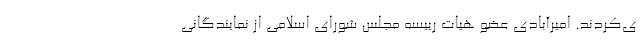
ی‌کردند. امیرآبادی عضو هیات رییسه مجلس شورای اسلامی از نمایندگانی